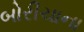
બોરીચાના